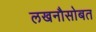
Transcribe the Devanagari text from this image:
लखनौसोबत